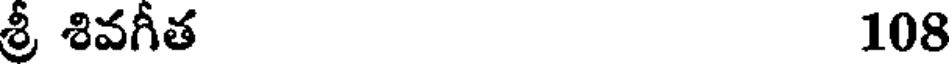
శ్రీ శివగీత 108